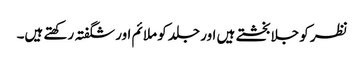
نظر کو جلا بخشتے ہیں اور جلد کو ملائم اور شگفتہ رکھتے ہیں۔